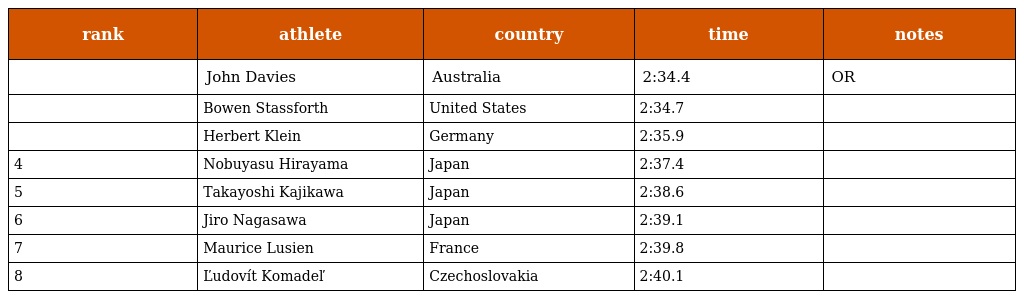
| rank | athlete | country | time | notes |
 | --- | --- | --- | --- | --- |
 |  | John Davies | Australia | 2:34.4 | OR |
 |  | Bowen Stassforth | United States | 2:34.7 |  |
 |  | Herbert Klein | Germany | 2:35.9 |  |
 | 4 | Nobuyasu Hirayama | Japan | 2:37.4 |  |
 | 5 | Takayoshi Kajikawa | Japan | 2:38.6 |  |
 | 6 | Jiro Nagasawa | Japan | 2:39.1 |  |
 | 7 | Maurice Lusien | France | 2:39.8 |  |
 | 8 | Ľudovít Komadeľ | Czechoslovakia | 2:40.1 |  |